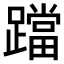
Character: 𨆉